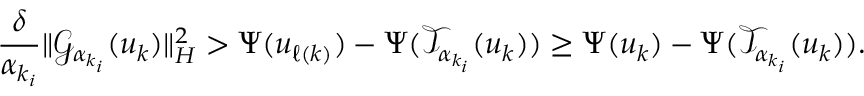
\frac { \delta } { { \alpha } _ { k _ { i } } } \| { \mathcal { G } } _ { { \alpha } _ { k _ { i } } } ( u _ { k } ) \| _ { H } ^ { 2 } > { \Psi } ( u _ { \ell ( k ) } ) - { \Psi } ( { \mathcal { T } } _ { { \alpha } _ { k _ { i } } } ( u _ { k } ) ) \geq { \Psi } ( u _ { k } ) - { \Psi } ( { \mathcal { T } } _ { { \alpha } _ { k _ { i } } } ( u _ { k } ) ) .